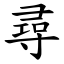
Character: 尋